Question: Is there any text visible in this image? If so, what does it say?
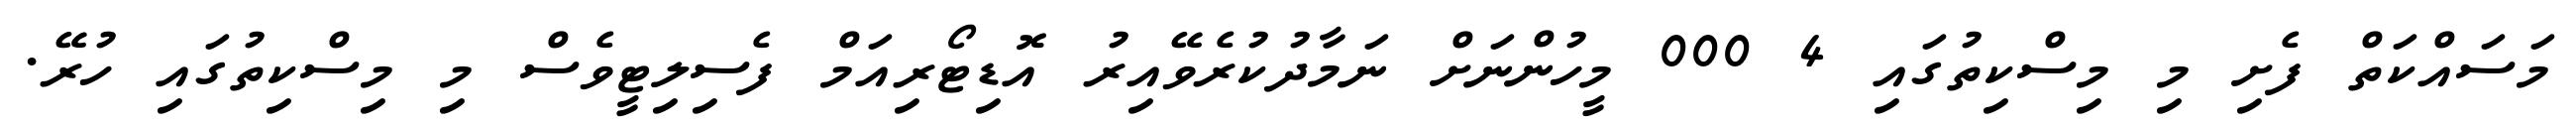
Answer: މަސައްކަތް ފެށި މި މިސްކިތުގައި 4 000 މީހުންނަށް ނަމާދުކުރެވޭއިރު އޮޑިޓޯރިއަމް ފެސިލިޓީވެސް މި މިސްކިތުގައި ހުރޭ.